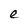
Character: e